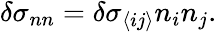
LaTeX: \begin{array}{r}{\delta\sigma_{nn}=\delta\sigma_{\langle ij\rangle}n_{i}n_{j}.}\end{array}